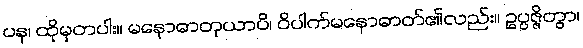
ပန၊ ထိုမှတပါး။ မနောဓာတုယာပိ၊ ဝိပါက်မနောဓာတ်၏လည်း။ ဥပ္ပဇ္ဇိတွာ၊